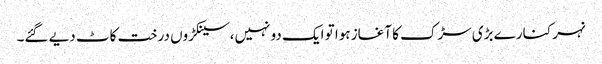
نہر کنارے بڑی سڑک کا آغاز ہوا تو ایک دو نہیں،سینکڑوں درخت کاٹ دیے گئے۔